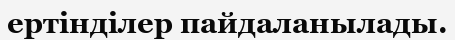
ертінділер пайдаланылады.